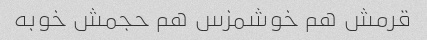
قرمش هم خوشمزس هم حجمش خوبه